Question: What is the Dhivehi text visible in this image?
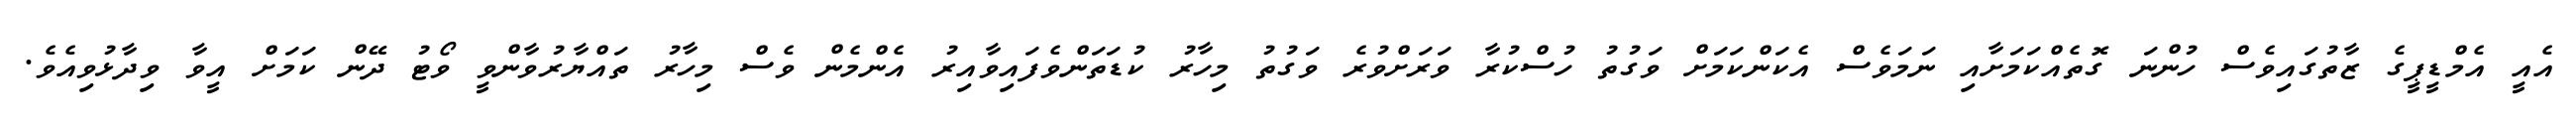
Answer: އެއީ އެމްޑީޕީގެ ޒާތުގައިވެސް ހުންނަ ގޮތެއްކަމަށާއި ނަމަވެސް އެކަންކަމަށް ވަގުތު ހުސްކުރާ ވަރަށްވުރެ ވަގުތު މިހާރު ކުޑަތަންވެފައިވާއިރު އެންމެން ވެސް މިހާރު ތައްޔާރުވާންވީ ވޯޓު ދޭން ކަމަށް އީވާ ވިދާޅުވިއެވެ.